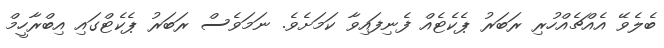
ބެލެވޭ އެއްޗެއްހުރި ރަބަރު ޕެކެޓެއް ފެނިފައިވާ ކަމަށެވެ. ނަމަވެސް ރަބަރު ޕެކެޓްގައި އިބްރާހީމް